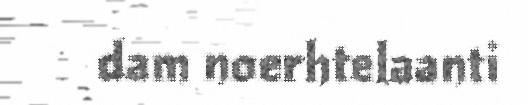
dam noerhtelaanti